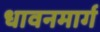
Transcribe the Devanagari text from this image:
धावनमार्ग